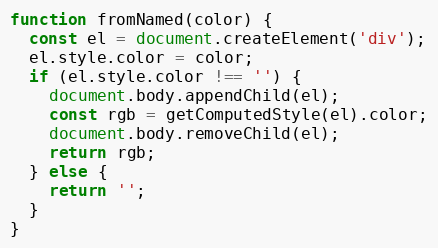
Language: JavaScript
function fromNamed(color) {
  const el = document.createElement('div');
  el.style.color = color;
  if (el.style.color !== '') {
    document.body.appendChild(el);
    const rgb = getComputedStyle(el).color;
    document.body.removeChild(el);
    return rgb;
  } else {
    return '';
  }
}